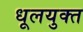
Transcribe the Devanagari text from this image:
धूलयुक्त